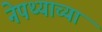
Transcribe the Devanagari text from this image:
नेपथ्याच्या